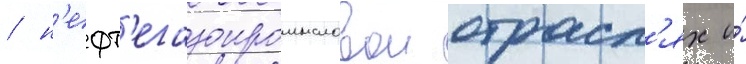
/ н'ефт'егазопромысловои отрасл'ях и́